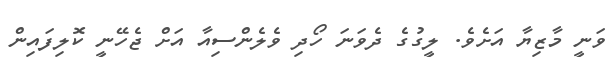
ވަނީ މާޒިޔާ އަށެވެ. ލީގުގެ ދެވަނަ ހޯދި ވެލެންސިއާ އަށް ޖެހޭނީ ކޮލިފައިން